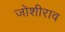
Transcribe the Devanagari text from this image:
जोशीराव